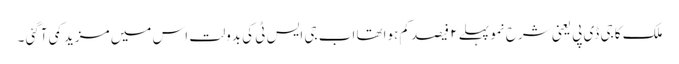
ملک کا جی ڈی پی یعنی شرح نمو پہلے ۲ فیصد کم ہواتھا اب جی ایس ٹی کی بدولت اس میں مزید کمی آگئی ۔